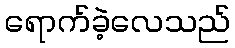
ရောက်ခဲ့လေသည်